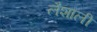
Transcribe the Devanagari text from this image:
लैशाली